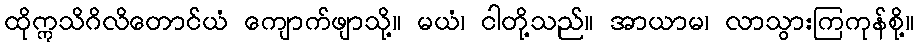
ထိုဣသိဂိလိတောင်ယံ ကျောက်ဖျာသို့။ မယံ၊ ငါတို့သည်။ အာယာမ၊ လာသွားကြကုန်စို့။